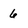
Character: 6